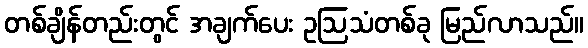
တစ်ချိန်တည်းတွင် အချက်ပေး ဥဩသံတစ်ခု မြည်လာသည်။